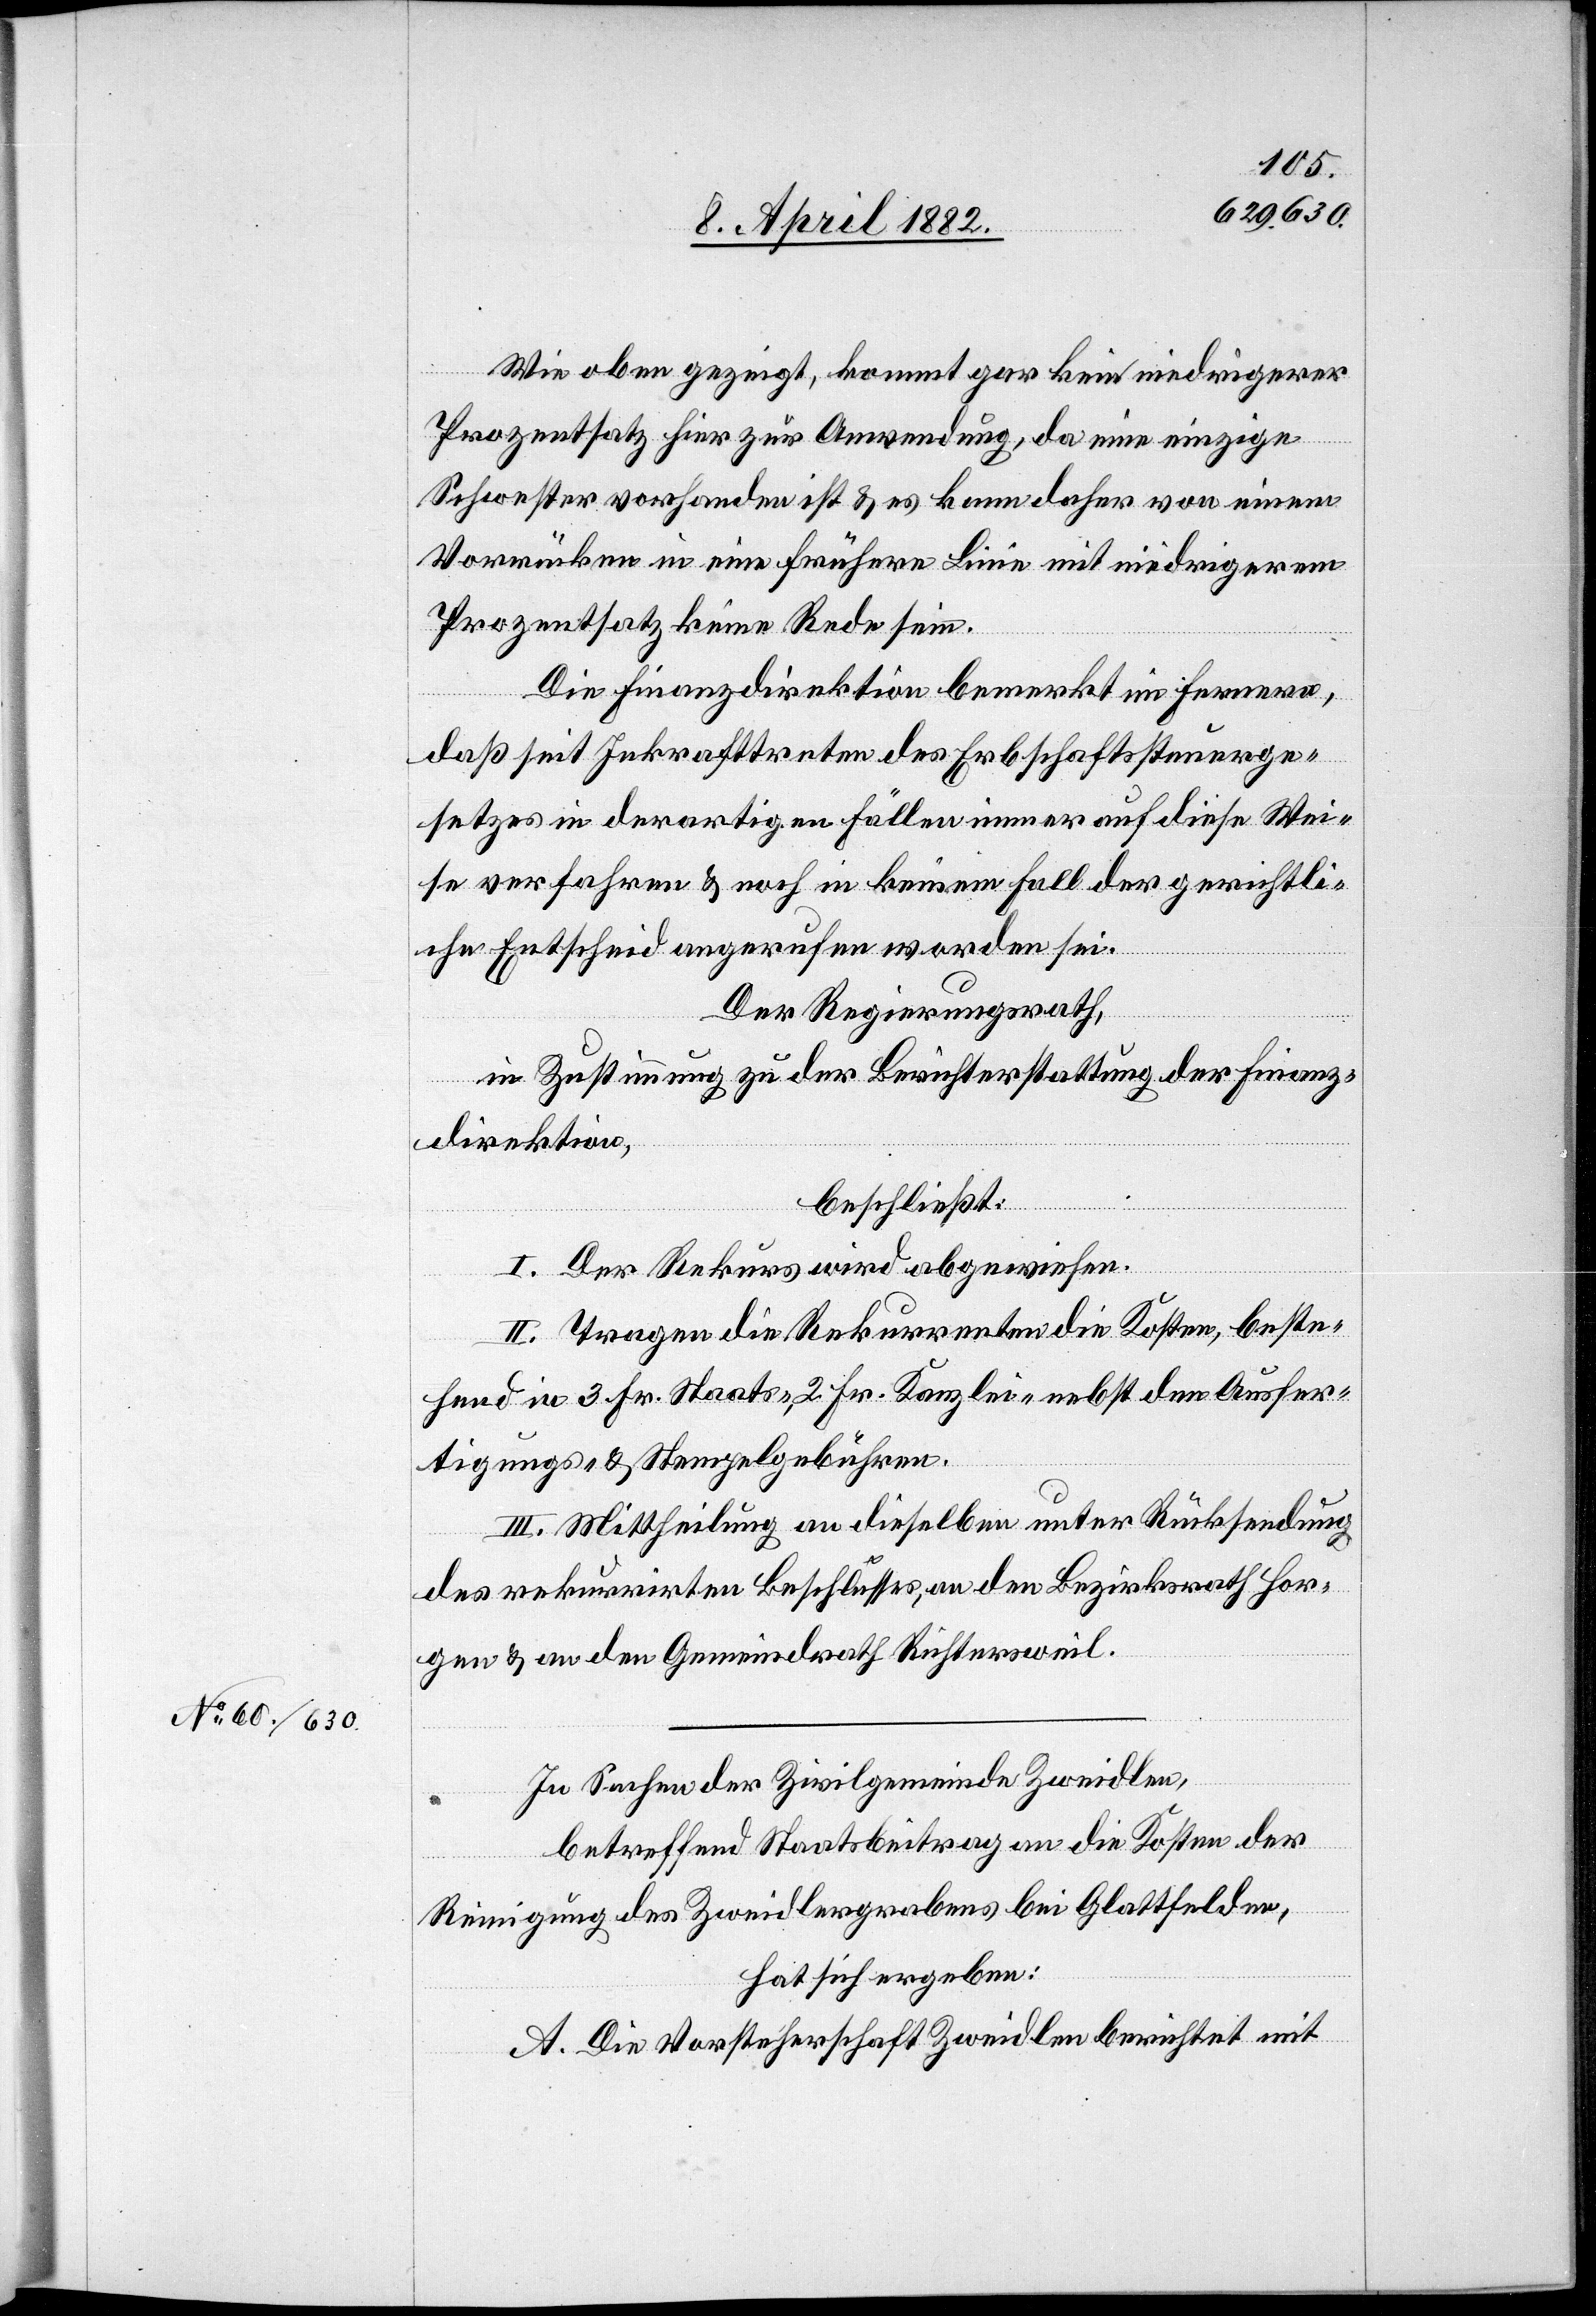
Wie oben gezeigt, kommt gar kein niedrigerer
Prozentsatz hier zur Anwendung, da eine einzige
Schwester vorhanden ist & es kann daher von einem
Vorrücken in eine frühere Linie mit niedrigerem
Prozentsatz keine Rede sein.
Die Finanzdirektion bemerkt im Fernern,
daß seit Inkrafttreten des Erbschaftssteuerge¬
setzes in derartigen Fällen immer auf diese Wei¬
se verfahren & noch in keinem Fall der gerichtli¬
che Entscheid angerufen worden sei.
Der Regierungsrath,
in Zustimmung zu der Berichterstattung der Finanz¬
direktion,
beschließt:
I. Der Rekurs wird abgewiesen.
II. Tragen die Rekurrenten die Kosten, beste¬
hend in 3 Fr. Staats-, 2 Fr. Kanzlei-[,] nebst den Ausfer¬
tigungs- & Stempelgebühren.
III. Mittheilung an dieselben unter Rücksendung
des rekurrirten Beschlusses, an den Bezirksrath Hor¬
gen & an den Gemeindrath Richtersweil.
In Sachen der Zivilgemeinde Zweidlen,
betreffend Staatsbeitrag an die Kosten der
Reinigung des Zweidlergrabens bei Glattfelden,
hat sich ergeben:
A. Die Vorsteherschaft Zweidlen berichtet mit